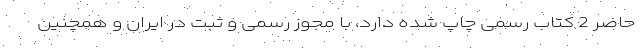
حاضر 2 کتاب رسمی چاپ شده دارد، با مجوز رسمی و ثبت در ایران و همچنین